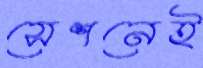
সেশনেই